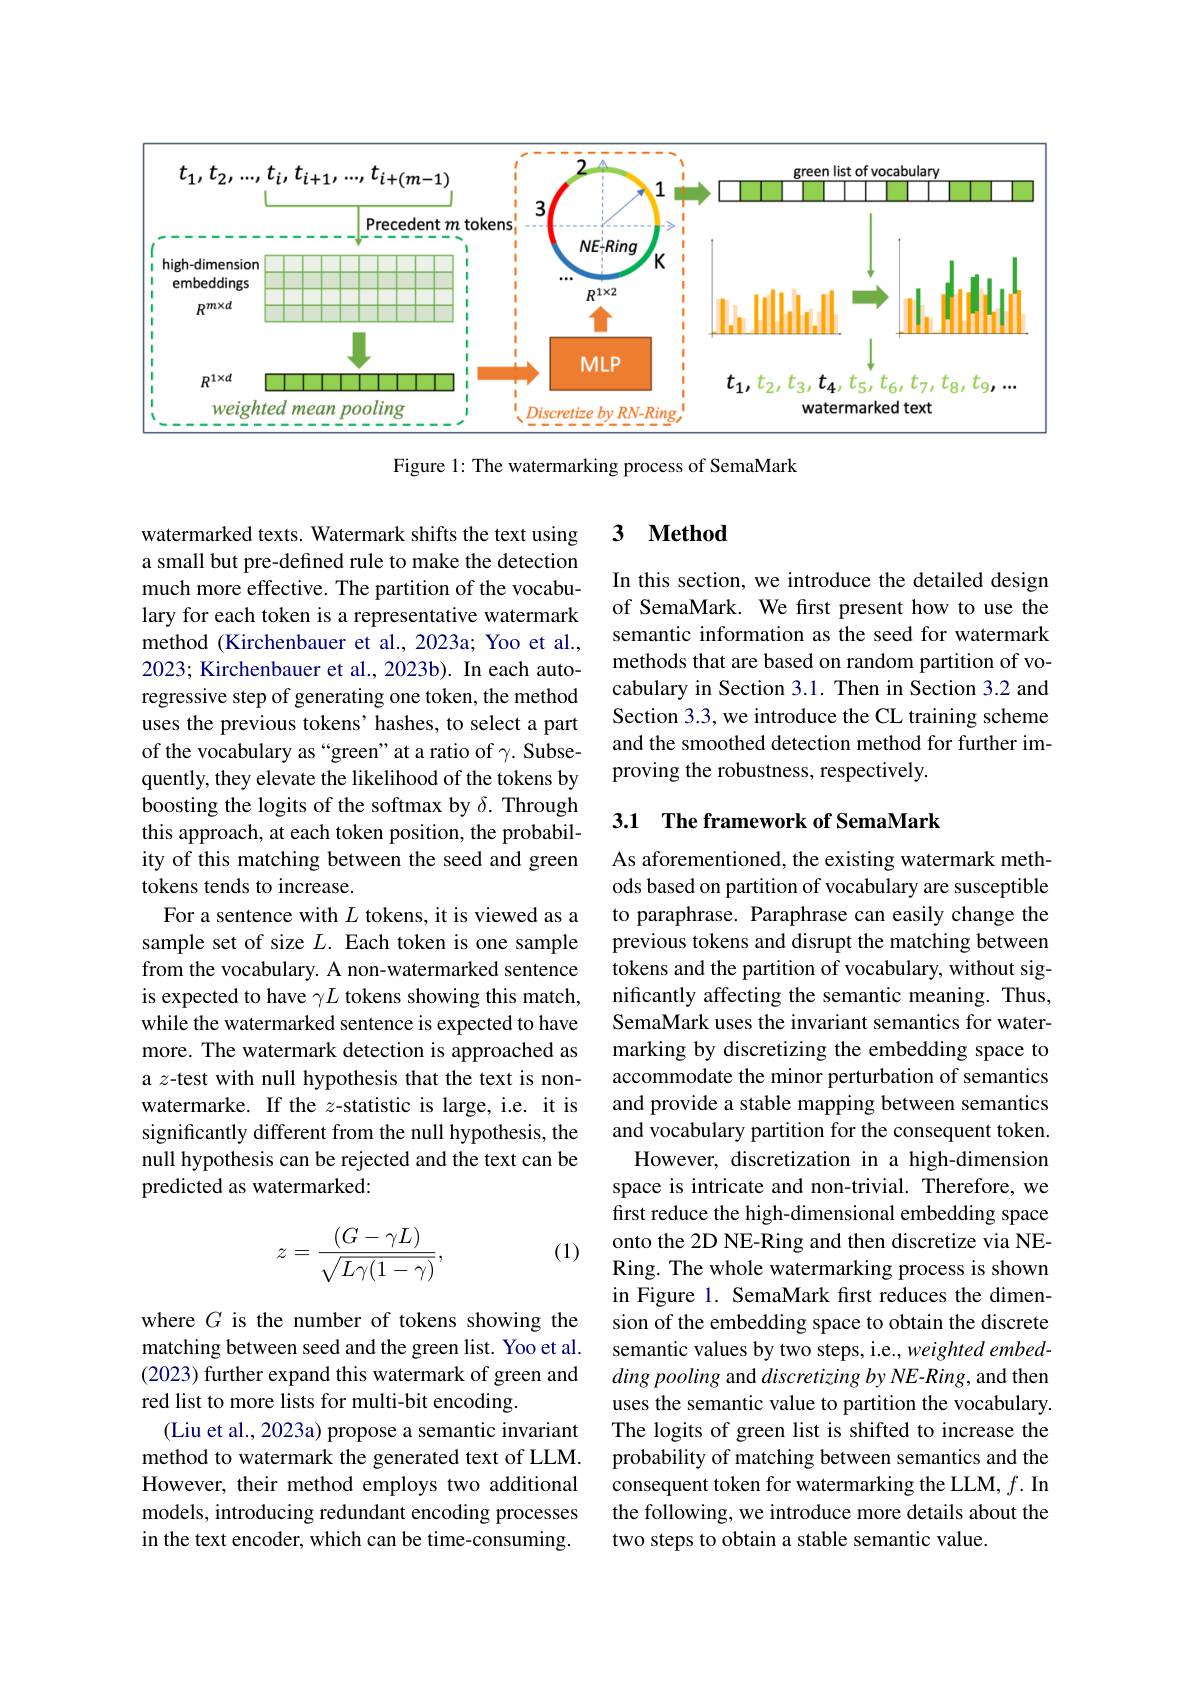
<FigureHere>

Figure 1: The watermarking process of SemaMark

### 3 $\textbf{Method}$

In this section, we introduce the detailed design of SemaMark. We first present how to use the semantic information as the seed for watermark methods that are based on random partition of vocabulary in Section 3.1. Then in Section 3.2 and Section 3.3, we introduce the CL training scheme and the smoothed detection method for further improving the robustness, respectively.

### 3.1 The framework of SemaMark

watermarked texts. Watermark shifts the text using a small but pre-defined rule to make the detection much more effective. The partition of the vocabulary for each token is a representative watermark method (Kirchenbauer et al., 2023a; Yoo et al., 2023; Kirchenbauer et al., 2023b). In each autoregressive step of generating one token, the method uses the previous tokens' hashes, to select a part of the vocabulary as“green”at a ratio of $\gamma.$ Subsequently, they elevate the likelihood of the tokens by boosting the logits of the softmax by $\delta.$ Through this approach, at each token position, the probability of this matching between the seed and green tokens tends to increase.
For a sentence with $L$ tokens, it is viewed as a sample set of size $L.$ Each token is one sample from the vocabulary. A non-watermarked sentence is expected to have $\gamma L$ tokens showing this match, while the watermarked sentence is expected to have more. The watermark detection is approached as a $z$-test with null hypothesis that the text is nonwatermarke. If the $z$-statistic is large, i.e. it is significantly different from the null hypothesis, the null hypothesis can be rejected and the text can be predicted as watermarked:

As aforementioned, the existing watermark methods based on partition of vocabulary are susceptible to paraphrase. Paraphrase can easily change the previous tokens and disrupt the matching between tokens and the partition of vocabulary, without significantly affecting the semantic meaning. Thus, SemaMark uses the invariant semantics for watermarking by discretizing the embedding space to accommodate the minor perturbation of semantics and provide a stable mapping between semantics and vocabulary partition for the consequent token. However, discretization in a high-dimension
space is intricate and non-trivial. Therefore, we first reduce the high-dimensional embedding space onto the 2D NE-Ring and then discretize via NERing. The whole watermarking process is shown in Figure 1. SemaMark fırst reduces the dimension of the embedding space to obtain the discrete semantic values by two steps, i.e., weighted embedding pooling and discretizing by NE-Ring, and then uses the semantic value to partition the vocabulary. The logits of green list is shifted to increase the probability of matching between semantics and the consequent token for watermarking the LLM, $f.$ In the following, we introduce more details about the two steps to obtain a stable semantic value.

(1)
$$z=\frac{(G-\gamma L)}{\sqrt{L\gamma(1-\gamma)}},$$
where $G$ is the number of tokens showing the matching between seed and the green list. Yoo et al. (2023) further expand this watermark of green and red list to more lists for multi-bit encoding.
(Liu et al., 2023a) propose a semantic invariant method to watermark the generated text of LLM. However, their method employs two additional models, introducing redundant encoding processes in the text encoder, which can be time-consuming.